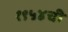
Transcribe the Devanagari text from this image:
१९५४ची